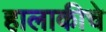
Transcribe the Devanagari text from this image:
हालाकीचे